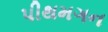
પીથમગન